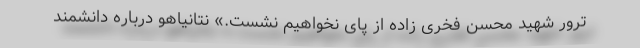
ترور شهید محسن فخری زاده از پای نخواهیم نشست.» نتانیاهو درباره دانشمند